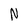
Character: N